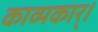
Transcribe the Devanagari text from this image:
काव्यकार्।